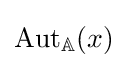
{\text{Aut}}_{\mathbb {A} }(x)